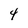
Character: 4